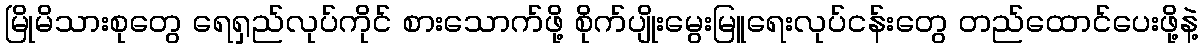
မြိုမိသားစုတွေ ရေရှည်လုပ်ကိုင် စားသောက်ဖို့ စိုက်ပျိုးမွေးမြူရေးလုပ်ငန်းတွေ တည်ထောင်ပေးဖို့နဲ့